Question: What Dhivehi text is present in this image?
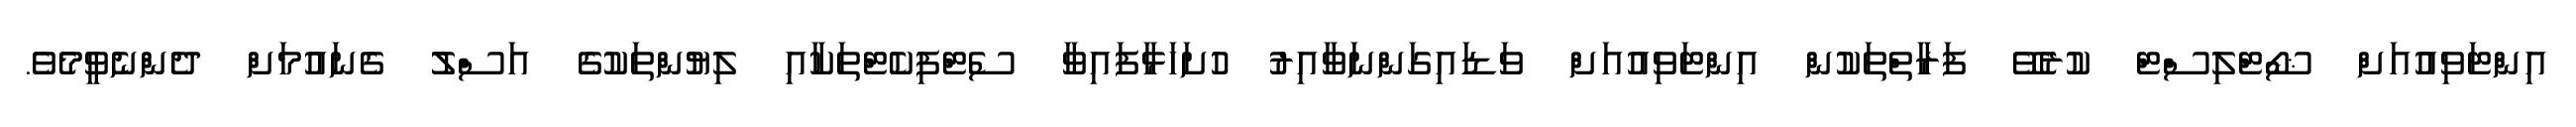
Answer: އިންޓަވިއުއަށް ޝޯޓްލިސްޓް ކުރެވޭ ފަރާތްތަކުން އިންޓަވިއުއަށް ވަޑައިގަންނަވާއިރު ހުށަހަޅާފައިވާ ސެޓްފިކެޓްތަކާއި ލިޔުންތަކުގެ އަސްލު ގެނައުމަށް ދެންނެވީމެވެ.